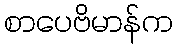
စာပေဗိမာန်က